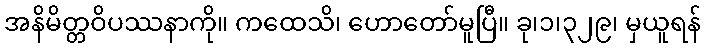
အနိမိတ္တဝိပဿနာကို။ ကထေသိ၊ ဟောတော်မူပြီ။ ခု၊၁၊၃၂၉၊ မှယူရန်